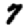
Digit: 7